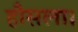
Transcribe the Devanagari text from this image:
हौसला।